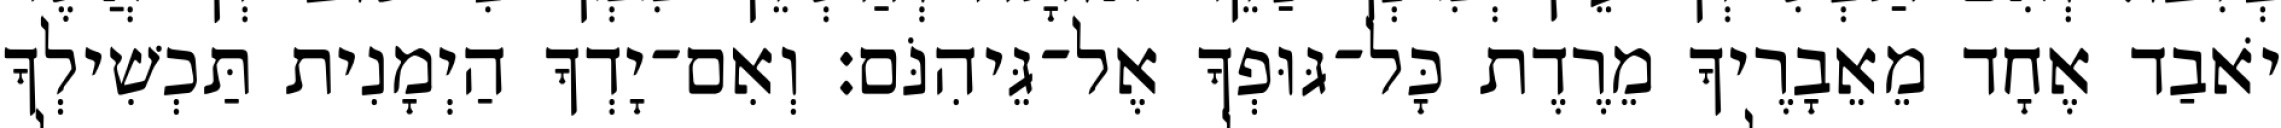
יֹאבַד אֶחָד מֵאֵבָרֶיךָ מֵרֶדֶת כָּל־גּוּפְךָ אֶל־גֵּיהִנֹּם׃ וְאִם־יָדְךָ הַיְמָנִית תַּכְשִׁילְךָ